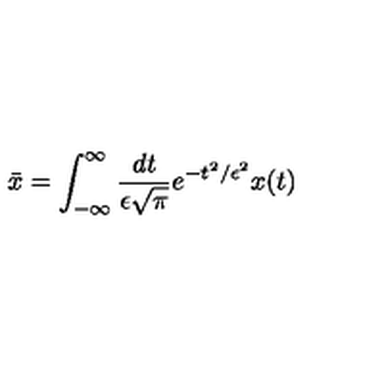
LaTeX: \bar { x } = \int _ { - \infty } ^ { \infty } { \frac { d t } { \epsilon \sqrt { \pi } } } e ^ { - t ^ { 2 } / \epsilon ^ { 2 } } x ( t )